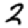
Digit: 2